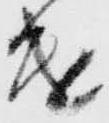
遣